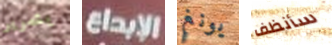
بتمرير الإبداع يونغ سأنظف